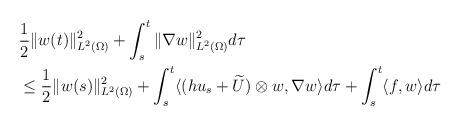
LaTeX: \begin{align*}&\frac{1}{2}\|w(t)\|^2_{L^2(\Omega)}+\int_s^t\|\nabla w\|^2_{L^2(\Omega)} d\tau \\&\leq\frac{1}{2}\|w(s)\|^2_{L^2(\Omega)}+\int_s^t\langle (hu_s+\widetilde U)\otimes w, \nabla w \rangle d\tau+\int_s^t\langle f, w\rangle d\tau\end{align*}